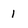
Character: 1